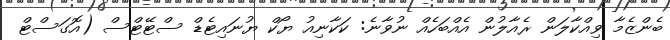
ބެންޒެމާ ވިއްކާލަން ރެއާލުން އެއްބަހެއް ނުވާނެ: ކަކާނިއު ޔޯކް ޔުނައިޓެޑް ސްޓޭޓްސް (އޮގަސްޓް